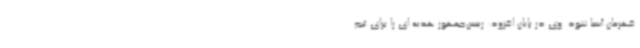
قهرمان آسیا شود. وی در پایان افزود: رییس‌جمهور هدیه ای را برای تیم